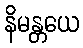
နိမန္တယေ